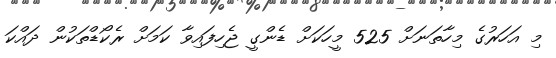
މި އަހަރުގެ މިހާތަނަށް 525 މީހަކަށް ޑެންގީ ޖެހިފައިވާ ކަމަށް ރެކޯޑްތަކުން ދައްކަ